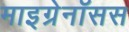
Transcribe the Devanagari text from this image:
माइग्रेनॉसस